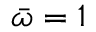
\bar { \omega } = 1